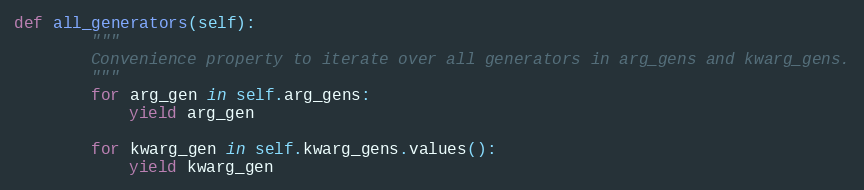
Language: Python
def all_generators(self):
        """
        Convenience property to iterate over all generators in arg_gens and kwarg_gens.
        """
        for arg_gen in self.arg_gens:
            yield arg_gen

        for kwarg_gen in self.kwarg_gens.values():
            yield kwarg_gen